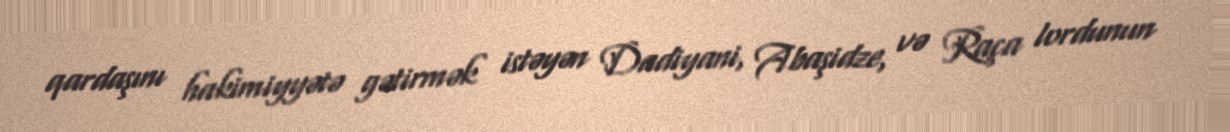
qardaşını hakimiyyətə gətirmək istəyən Dadiyani, Abaşidze, və Raça lordunun